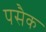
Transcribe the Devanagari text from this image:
पसैक